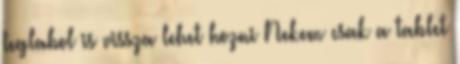
teglabol is vissza lehet hozni Nekem csak a tablet